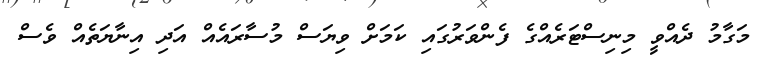
މަގާމު ދެއްވީ މިނިސްޓަރެއްގެ ފެންވަރުގައި ކަމަށް ވިޔަސް މުސާރައެއް އަދި އިނާޔަތެއް ވެސް